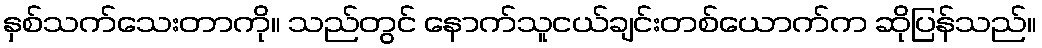
နှစ်သက်သေးတာကို။ သည်တွင် နောက်သူငယ်ချင်းတစ်ယောက်က ဆိုပြန်သည်။